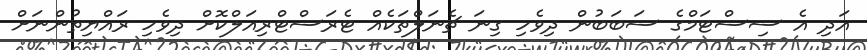
އަދި އެ ސިސްޓަމްގެ ސަބަބުން ދިވެހި ގިނަ ޗެނަލްތަކެއް ޓެރަސްޓްރިއަލްކޮށް ދިވެހި ރައްޔިތުންނަށް